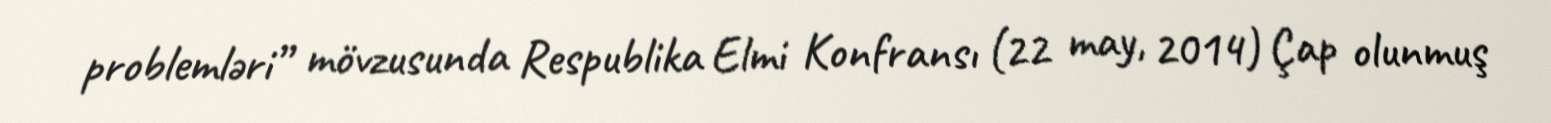
problemləri” mövzusunda Respublika Elmi Konfransı (22 may, 2014) Çap olunmuş